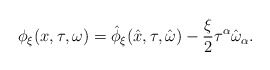
\begin{align*}\phi_{\xi}(x,\tau, \omega) =\hat{\phi}_{\xi}(\hat{x},\tau, \hat{\omega}) -\frac{\xi}{2}\tau^{\alpha}\hat{\omega}_{\alpha}.\end{align*}